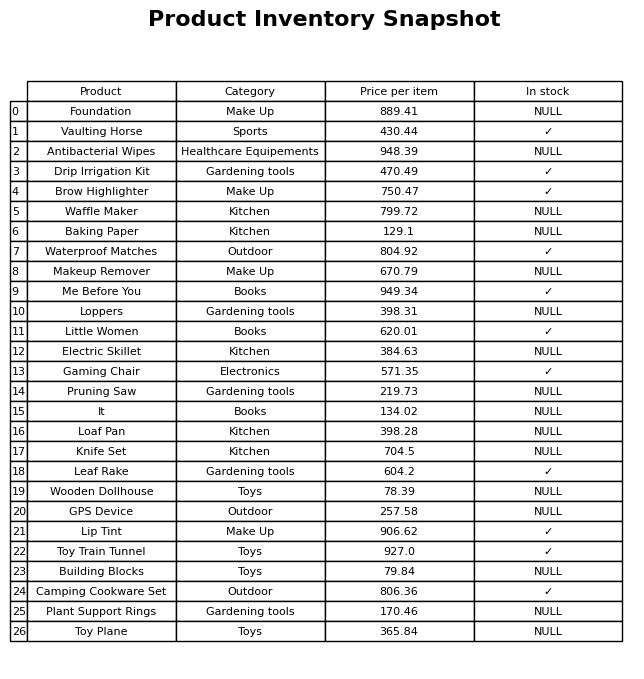
question: What is the price for Loaf Pan?
answer: The price of Loaf Pan is 398.28.